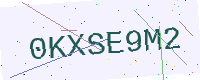
Text: 0KXSE9M2